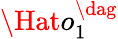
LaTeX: \Hat{o}_{1}^{\dag}